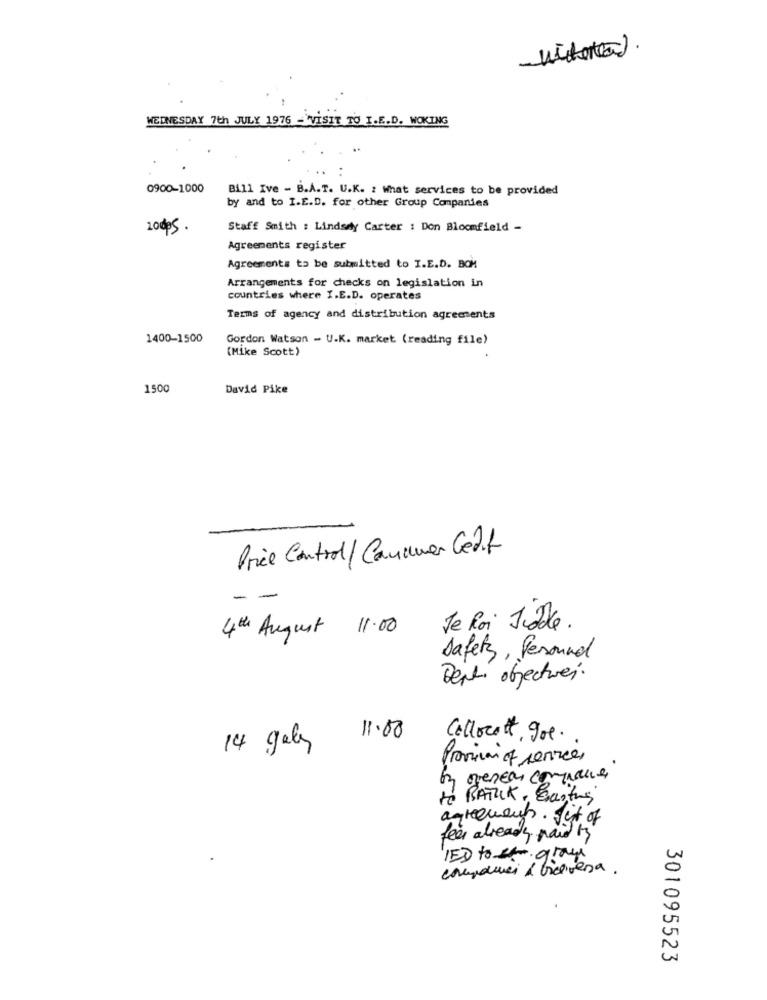
WEDNESDAY 7th JULY 1976 -WVISIT TO I.E.D. WOKING
0900-1000
Bill Ive - B.A.T. U.K. : What services to be provided
by and to I.E.D. for other Group Companies
20005.
Staff Smith : Lindsay Carter : Don Bloomfield -
Agreements register
Agreements to be submitted to I.E.D. BOM
Arrangements for checks on legislation in
countries where I.E.D. operates
Terms of agency and distribution agreements
1400-1500
Gordon Watson - U.K. market (reading file)
(Mike Scott)
1500
David Pike
Price Control / Camamer Cedit
- -
4th August 11.00
Je Roi Jable.
Safety , Peround
Dept objectives.
£
11.00
Collocatt goe.
14 galy
Provini of services
by overear confiance
to BATIK, Santos
agreement. fut of
feer already paid ty
IED to gray
componei ¿ viceversa.
301095523